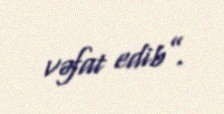
vəfat edib”.